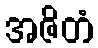
အဇိတံ